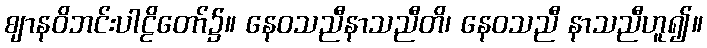
ဈာနဝိဘင်းပါဠိတော်၌။ နေဝသညီနာသညီတိ၊ နေဝသညီ နာသညီဟူ၍။